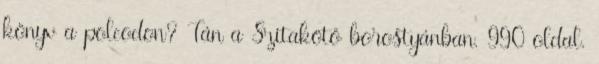
könyv a polcodon? Tán a Szitakötő borostyánban. 990 oldal.